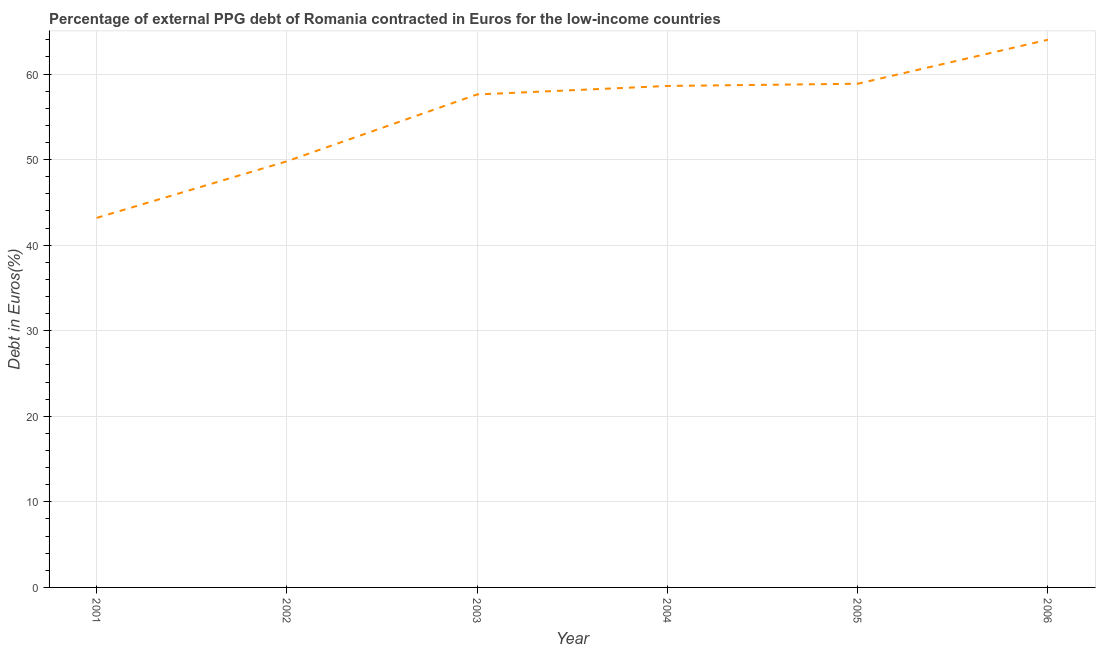
| Year | Currency composition of PPG debt |
 | --- | --- |
 | 2001 | 43.2 |
 | 2002 | 49.8 |
 | 2003 | 57.6 |
 | 2004 | 58.6 |
 | 2005 | 58.9 |
 | 2006 | 64 |